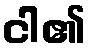
ငါ၏